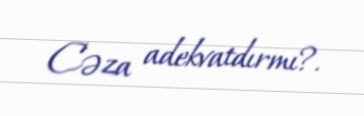
Cəza adekvatdırmı?.